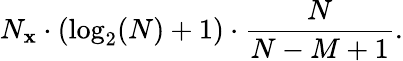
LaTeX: N_{\mathbf{x}}\cdot(\log_{2}(N)+1)\cdot{\frac{{N}}{{N-M+1}}}.